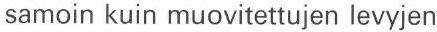
samoin kuin muovitettujen levyjen